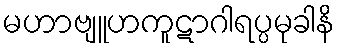
မဟာဗျူဟကူဋာဂါရပ္ပမုခါနိ